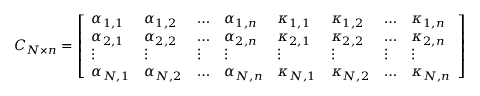
C _ { N \times n } = \left[ \begin{array} { l l l l l l l l } { \alpha _ { 1 , 1 } } & { \alpha _ { 1 , 2 } } & { \dots } & { \alpha _ { 1 , n } } & { \kappa _ { 1 , 1 } } & { \kappa _ { 1 , 2 } } & { \dots } & { \kappa _ { 1 , n } } \\ { \alpha _ { 2 , 1 } } & { \alpha _ { 2 , 2 } } & { \dots } & { \alpha _ { 2 , n } } & { \kappa _ { 2 , 1 } } & { \kappa _ { 2 , 2 } } & { \dots } & { \kappa _ { 2 , n } } \\ { \vdots } & { \vdots } & { \vdots } & { \vdots } & { \vdots } & { \vdots } & { \vdots } & { \vdots } \\ { \alpha _ { N , 1 } } & { \alpha _ { N , 2 } } & { \dots } & { \alpha _ { N , n } } & { \kappa _ { N , 1 } } & { \kappa _ { N , 2 } } & { \dots } & { \kappa _ { N , n } } \end{array} \right]